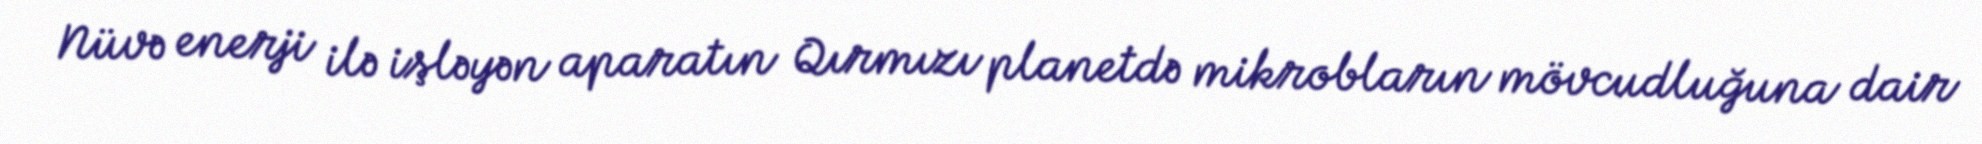
Nüvə enerji ilə işləyən aparatın Qırmızı planetdə mikrobların mövcudluğuna dair